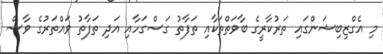
މި އެގްޒިބިޝަންގައި ތަރުކާރީގެ ބާވަތްތަކާއި ތަފާތު ގަސްގަހާއި އަދި ތަފާތު ވައްތަރުގެ ވާސް